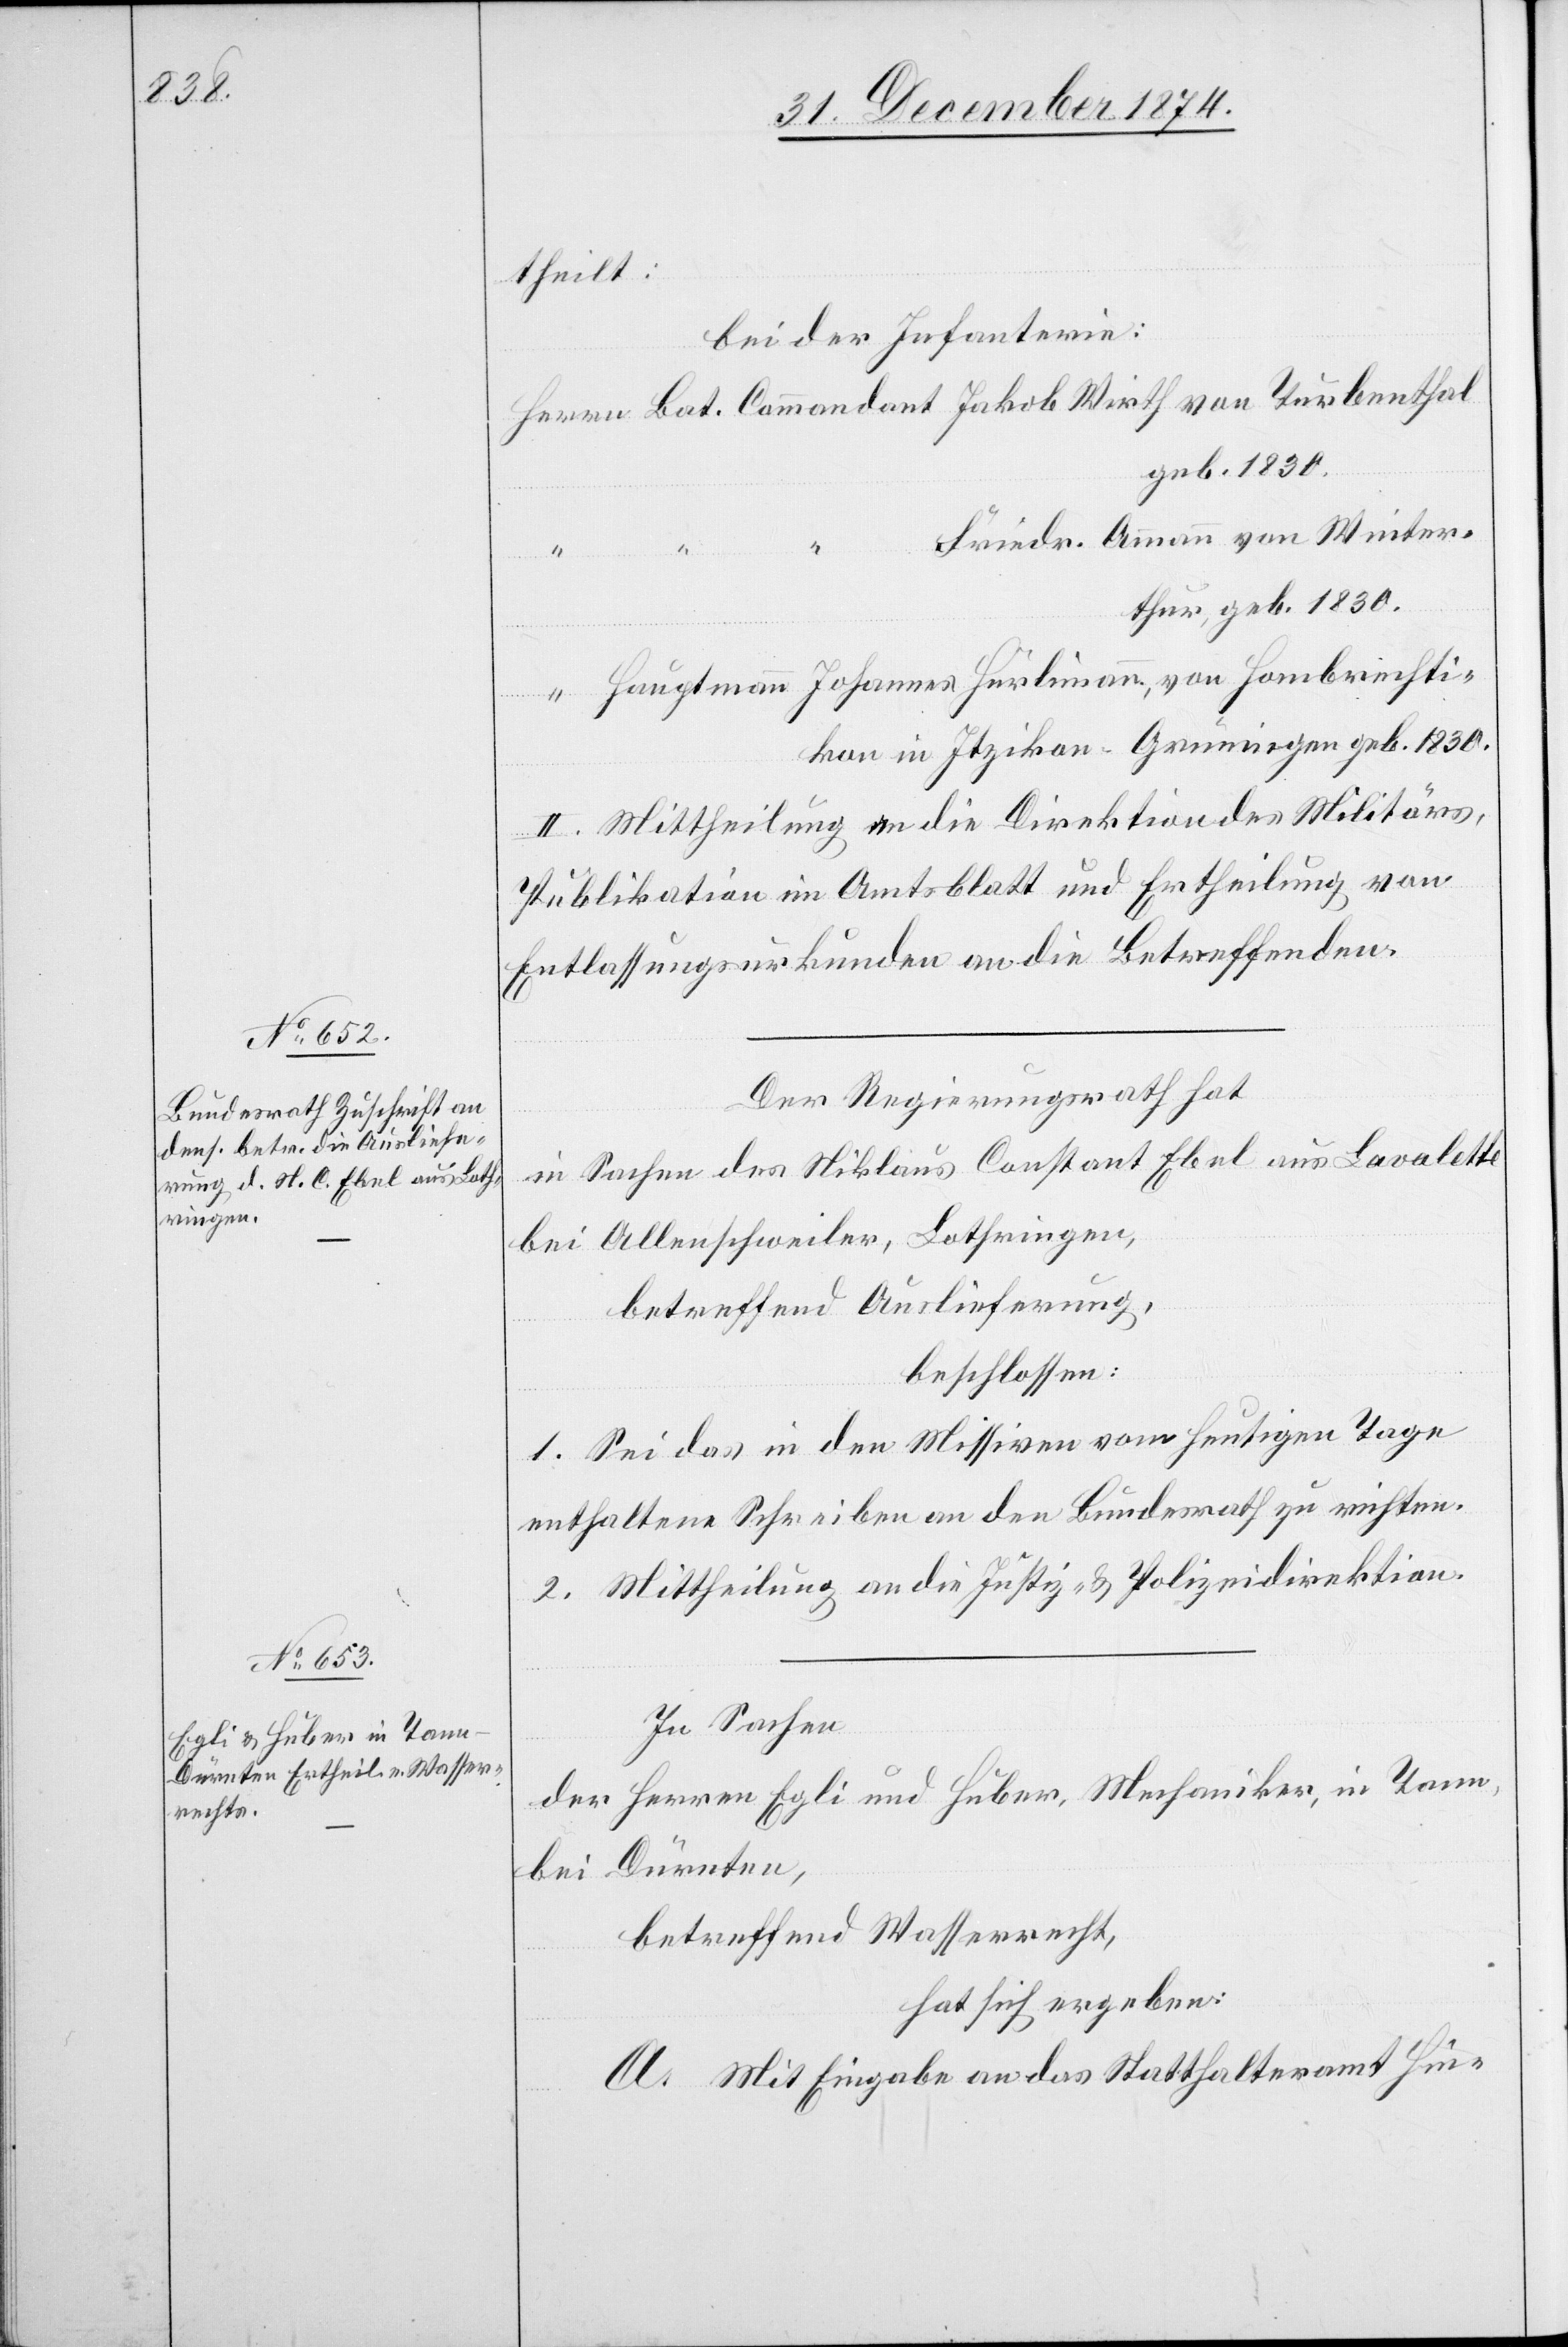
theilt:
Bei der Infanterie:
Herrn Bat. Commandant Jakob Wirth von Turbenthal[,]
geb. 1830.
Friedr. Ammann von Winter¬
thur, geb. 1830.
“ Hauptmann Johannes Hürlimann, von Hombrechti¬
kon in Itzikon - Grüningen[,] geb. 1830.
II. Mittheilung an die Direktion des Militärs,
Publikation im Amtsblatt und Ertheilung von
Entlassungsurkunden an die Betreffenden.
Der Regierungsrath hat
in Sachen des Niklaus Constant Ebel aus Lavalotte
bei Allenschweiler, Lothringen,
betreffend Auslieferung,
beschlossen:
1. Sei das in den Missiven vom heutigen Tage
enthaltene Schreiben an den Bundesrath zu richten.
2. Mittheilung an die Justiz- & Polizeidirektion.
In Sachen
der Herren Egli und Huber, Mechaniker, in Tann,
bei Dürnten,
betreffend Wasserrecht,
hat sich ergeben:
A. Mit Eingabe an das Statthalteramt Hin-